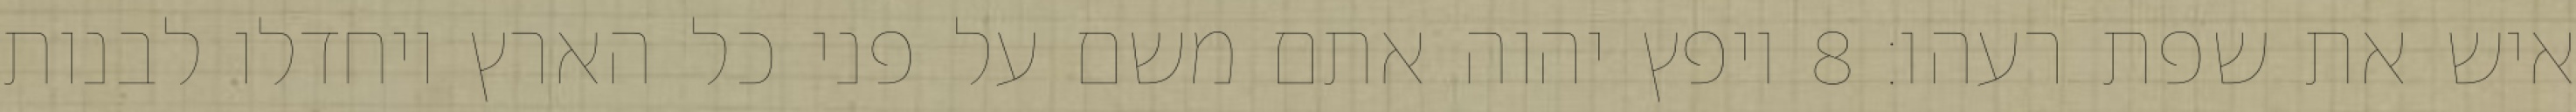
איש את שפת רעהו׃ ‎8‏ ויפץ יהוה אתם משם על פני כל הארץ ויחדלו לבנות